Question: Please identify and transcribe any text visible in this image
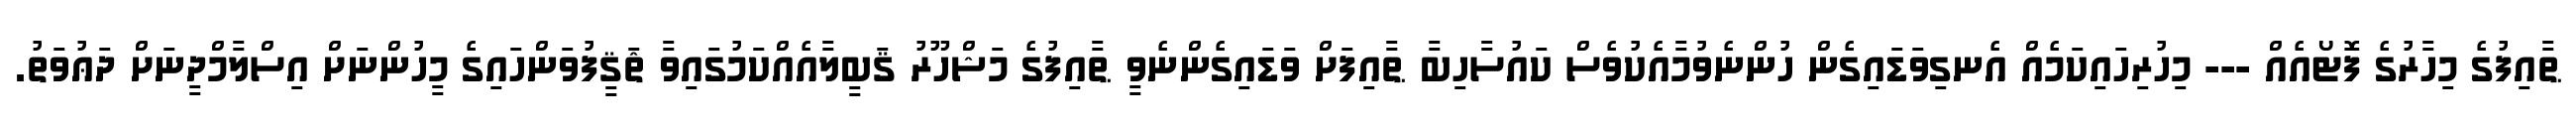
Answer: ޠާއިފުގެ މިހާރުގެ ފޮޓޯއެއް --- މިހުރިހައިކަމެއް އެނގިވަޑައިގެން ހުންނެވުމާއެކުވެސް ކައުސާހިބާ ޠާއިފަށް ވަޑައިގެންނެވީ ޠާއިފުގެ މަޝްހޫރު ޤަބީލާއެއްކަމުގައިވާ ޘަޤީފުވަންހައިގެ މީހުންނަށް އިސްލާމްދީނަށް ދަޢުވަތު.